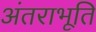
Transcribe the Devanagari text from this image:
अंतराभूति